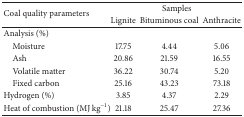
<table><thead><tr><td rowspan="2"><b>Coal quality parameters</b></td><td colspan="3"><b>Samples</b></td></tr><tr><td><b>Lignite</b></td><td><b>Bituminous coal</b></td><td><b>Anthracite</b></td></tr></thead><tbody><tr><td>Analysis (%)</td><td>[EMPTY_CELL]</td><td>[EMPTY_CELL]</td><td>[EMPTY_CELL]</td></tr><tr><td> Moisture</td><td>17.75</td><td>4.44</td><td>5.06</td></tr><tr><td> Ash</td><td>20.86</td><td>21.59</td><td>16.55</td></tr><tr><td> Volatile matter</td><td>36.22</td><td>30.74</td><td>5.20</td></tr><tr><td> Fixed carbon</td><td>25.16</td><td>43.23</td><td>73.18</td></tr><tr><td>Hydrogen (%)</td><td>3.85</td><td>4.37</td><td>2.29</td></tr><tr><td>Heat of combustion (MJ kg<sup>−1</sup>)</td><td>21.18</td><td>25.47</td><td>27.36</td></tr></tbody></table>